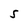
Character: S